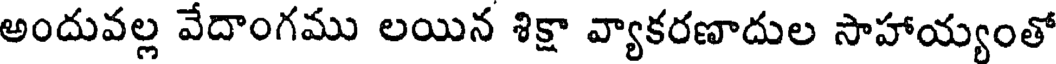
అందువల్ల వేదాంగము లయిన శిక్షా వ్యాకరణాదుల సాహాయ్యంతో